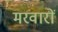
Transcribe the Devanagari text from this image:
मरवारों